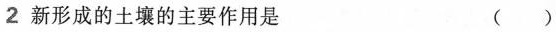
2新形成的土壤的主要作用是 ()